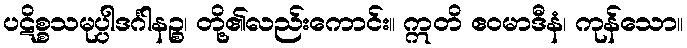
ပဋိစ္စသမုပ္ပါဒင်္ဂါနဉ္စ၊ တို့၏လည်းကောင်း။ ဣတိ ဧဝမာဒီနံ၊ ကုန်သော။